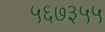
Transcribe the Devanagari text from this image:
५६७३५५